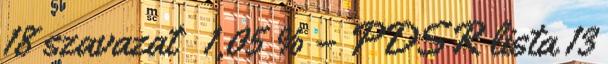
18 szavazat 1,05 % – PDSR lista 13